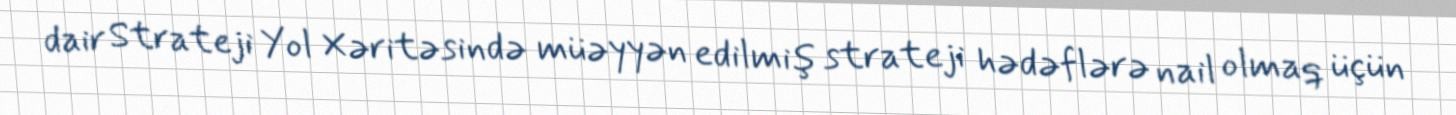
dair Strateji Yol Xəritəsində müəyyən edilmiş strateji hədəflərə nail olmaq üçün